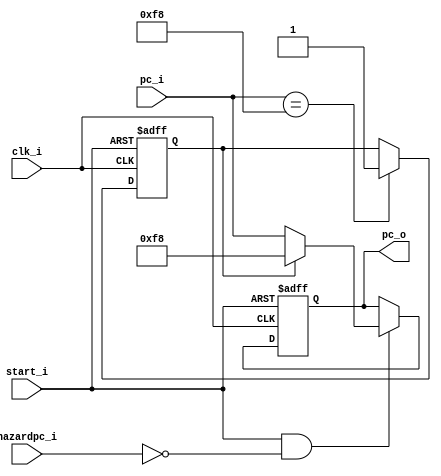
`timescale 1ns / 1ps

module PC
(
    clk_i,
    start_i,
    pc_i,
    hazardpc_i,
    pc_o
);

// Ports
input               clk_i;
input               start_i, hazardpc_i;
input   [31:0]      pc_i;
output  [31:0]      pc_o;

// Wires & Registers
reg     [31:0]      pc_o;
reg     flag,flag_next;

always@(*)begin
    if(pc_i == 32'd248)flag_next = 1;
    else flag_next = flag;
end

always@(posedge clk_i or negedge start_i) begin
    if(~start_i) begin
        pc_o <= 32'b0;
        flag <= 0;
    end
    else begin
        flag <= flag_next;
        if(start_i & (!hazardpc_i))
            pc_o <= (flag)? 32'd248 : pc_i ;
        else
            pc_o <= pc_o;
    end
end

endmodule